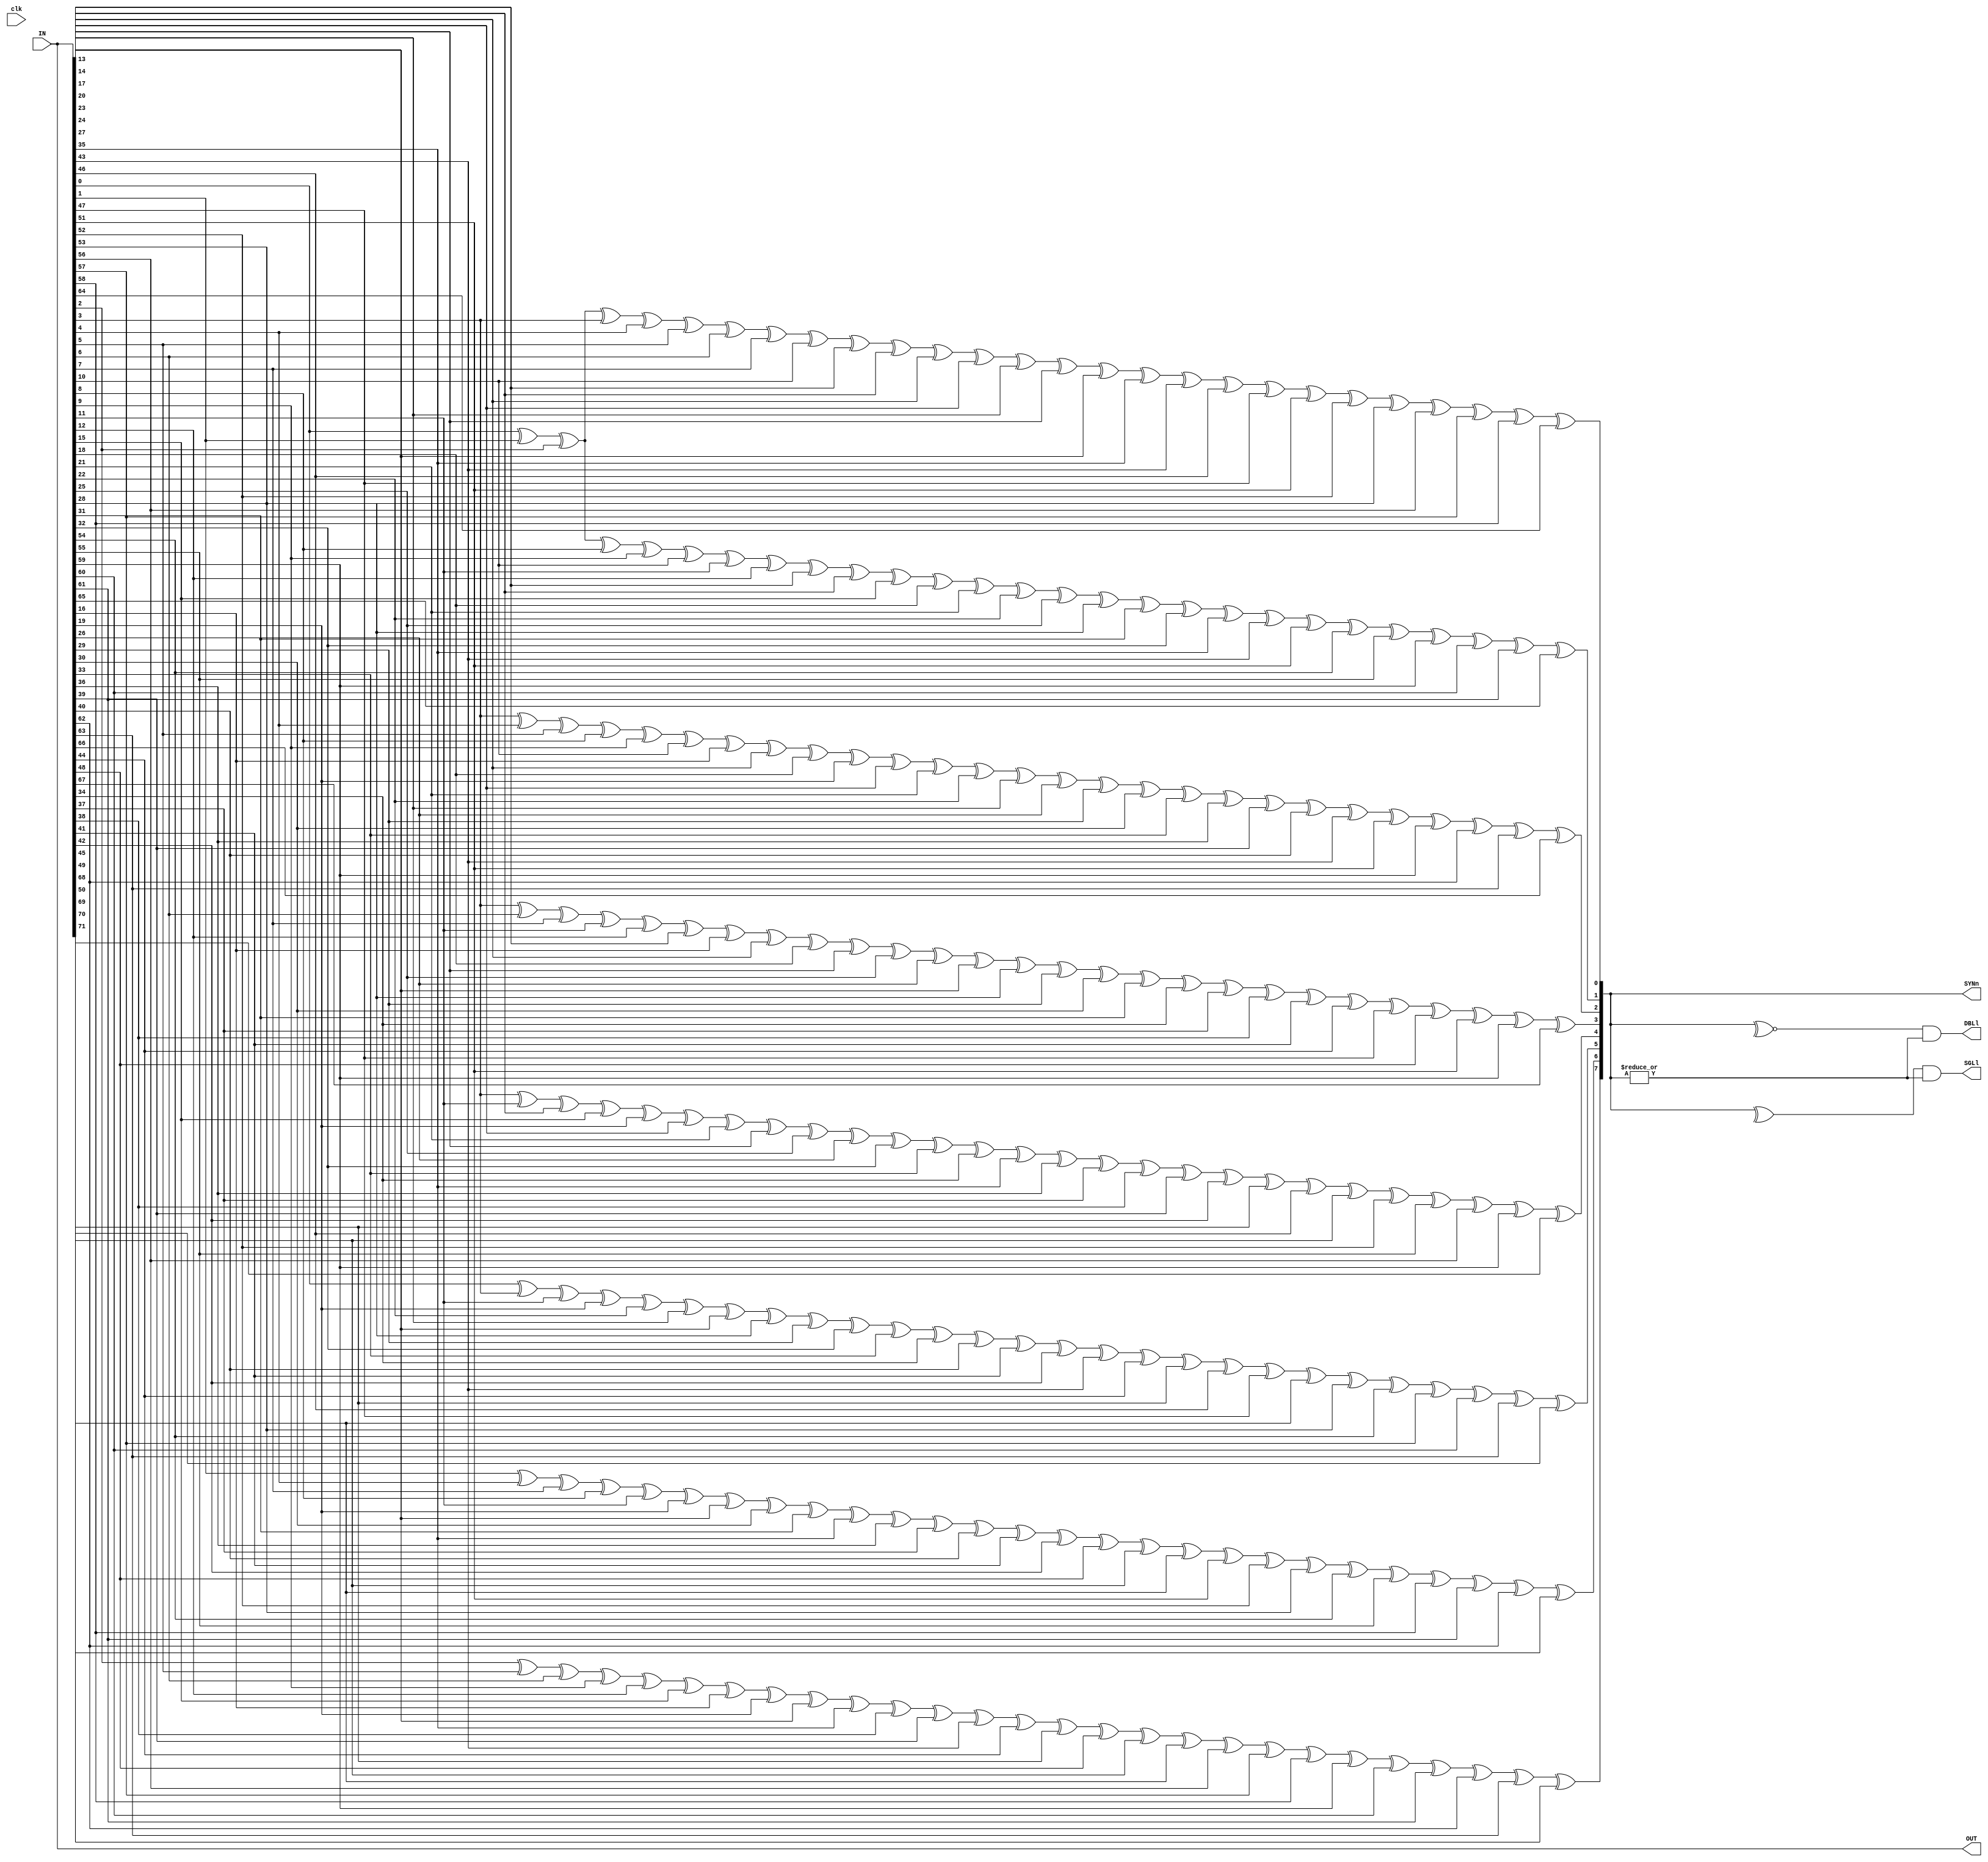
`timescale 1ns / 1ps

module de64_1 (
    input  [79:0] IN,
    input clk,
    output [79:0] OUT, 
    output [7:0] SYNn,
    //new
    output  reg SGLl,
    output  reg DBLl
    //new
);


    wire [7:0] CHK;
    reg [7:0] SYN;
    assign CHK = IN[71:64];
    //new
    //reg SGLl , DBLl, ERR;
    reg ERR;
    
    always @(*) begin
       SYN[0] <= IN[0] ^ IN[1] ^ IN[2] ^ IN[3] ^ IN[4] ^ IN[5] ^ IN[6] ^ IN[7] ^ IN[10] ^ IN[13] ^ IN[14] ^ IN[17] ^ IN[20] ^ IN[23] ^ IN[24] ^ IN[27] ^ IN[35] ^ IN[43] ^ IN[46] ^ IN[47] ^ IN[51] ^ IN[52] ^ IN[53] ^ IN[56] ^ IN[57] ^ IN[58] ^ CHK[0];
       SYN[1] <= IN[0] ^ IN[1] ^ IN[2] ^ IN[8] ^ IN[9] ^ IN[10] ^ IN[11] ^ IN[12] ^ IN[13] ^ IN[14] ^ IN[15] ^ IN[18] ^ IN[21] ^ IN[22] ^ IN[25] ^ IN[28] ^ IN[31] ^ IN[32] ^ IN[35] ^ IN[43] ^ IN[51] ^ IN[54] ^ IN[55] ^ IN[59] ^ IN[60] ^ IN[61] ^ CHK[1];
       SYN[2] <= IN[3] ^ IN[4] ^ IN[5] ^ IN[8] ^ IN[9] ^ IN[10] ^ IN[16] ^ IN[17] ^ IN[18] ^ IN[19] ^ IN[20] ^ IN[21] ^ IN[22] ^ IN[23] ^ IN[26] ^ IN[29] ^ IN[30] ^ IN[33] ^ IN[36] ^ IN[39] ^ IN[40] ^ IN[43] ^ IN[51] ^ IN[59] ^ IN[62] ^ IN[63] ^ CHK[2];
       SYN[3] <= IN[3] ^ IN[6] ^ IN[7] ^ IN[11] ^ IN[12] ^ IN[13] ^ IN[16] ^ IN[17] ^ IN[18] ^ IN[24] ^ IN[25] ^ IN[26] ^ IN[27] ^ IN[28] ^ IN[29] ^ IN[30] ^ IN[31] ^ IN[34] ^ IN[37] ^ IN[38] ^ IN[41] ^ IN[44] ^ IN[47] ^ IN[48] ^ IN[51] ^ IN[59] ^ CHK[3];
       SYN[4] <= IN[3] ^ IN[11] ^ IN[14] ^ IN[15] ^ IN[19] ^ IN[20] ^ IN[21] ^ IN[24] ^ IN[25] ^ IN[26] ^ IN[32] ^ IN[33] ^ IN[34] ^ IN[35] ^ IN[36] ^ IN[37] ^ IN[38] ^ IN[39] ^ IN[42] ^ IN[45] ^ IN[46] ^ IN[49] ^ IN[52] ^ IN[55] ^ IN[56] ^ IN[59] ^ CHK[4];
       SYN[5] <= IN[0] ^ IN[3] ^ IN[11] ^ IN[19] ^ IN[22] ^ IN[23] ^ IN[27] ^ IN[28] ^ IN[29] ^ IN[32] ^ IN[33] ^ IN[34] ^ IN[40] ^ IN[41] ^ IN[42] ^ IN[43] ^ IN[44] ^ IN[45] ^ IN[46] ^ IN[47] ^ IN[50] ^ IN[53] ^ IN[54] ^ IN[57] ^ IN[60] ^ IN[63] ^ CHK[5];
       SYN[6] <= IN[1] ^ IN[4] ^ IN[7] ^ IN[8] ^ IN[11] ^ IN[19] ^ IN[27] ^ IN[30] ^ IN[31] ^ IN[35] ^ IN[36] ^ IN[37] ^ IN[40] ^ IN[41] ^ IN[42] ^ IN[48] ^ IN[49] ^ IN[50] ^ IN[51] ^ IN[52] ^ IN[53] ^ IN[54] ^ IN[55] ^ IN[58] ^ IN[61] ^ IN[62] ^ CHK[6];
       SYN[7] <= IN[2] ^ IN[5] ^ IN[6] ^ IN[9] ^ IN[12] ^ IN[15] ^ IN[16] ^ IN[19] ^ IN[27] ^ IN[35] ^ IN[38] ^ IN[39] ^ IN[43] ^ IN[44] ^ IN[45] ^ IN[48] ^ IN[49] ^ IN[50] ^ IN[56] ^ IN[57] ^ IN[58] ^ IN[59] ^ IN[60] ^ IN[61] ^ IN[62] ^ IN[63] ^ CHK[7];
    
    ERR  <= |SYN;
    SGLl <= ^SYN & ERR;
    DBLl <= ~^SYN & ERR;
 
    end
    
    assign OUT = IN[79:0];
    assign SYNn = SYN;
    //
    //assign SGL = SGLl;
    //assign DBL = DBLl;
    
endmodule